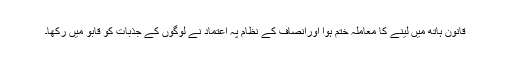
قانون ہاتھ میں لینے کا معاملہ ختم ہوا اورانصاف کے نظام پہ اعتماد نے لوگوں کے جذبات کو قابو میں رکھا۔